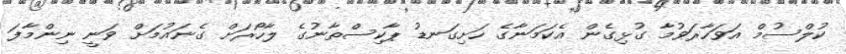
ކުލްސުމް އަވަހާރަވުމާ ގުޅިގެން އެކަމަނާގެ ހަށިގަނޑު ޕާކިސްތާނުގެ ލާހޯރަށް ގެނައުމަށް ވަނީ ނިންމާފަ